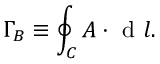
\Gamma _ { B } \equiv \oint _ { C } \boldsymbol { A } \cdot \mathrm { ~ d ~ } \boldsymbol { l } .